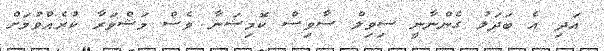
އަދި އެ ބަދަލު ގެންނާނީ ސިވިލް ސާވިސް ކޮމިޝަނާ ވެސް މަޝްވަރާ ކުރެއްވުމަށް